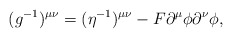
\begin{align*} (g^{-1})^{\mu\nu}=(\eta^{-1})^{\mu\nu}-F\partial^\mu\phi\partial^\nu\phi,\end{align*}